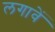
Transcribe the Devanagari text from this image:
लगावें